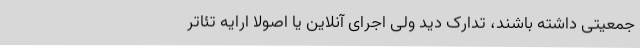
جمعیتی داشته باشند، تدارک دید ولی اجرای آنلاین یا اصولا ارایه تئاتر